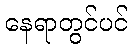
နေရာတွင်ပင်